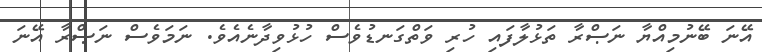
އޭނަ ބޭނުމިއްޔާ ނަޞްރާ ތަޅުލާފައި ހުރި ވަތްގަނޑުވެސް ހުޅުވިދާނެއެވެ. ނަމަވެސް ނަޞްރާ އޭނަ